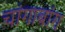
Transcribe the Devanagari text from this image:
चांगाबांग